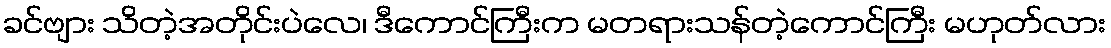
ခင်ဗျား သိတဲ့အတိုင်းပဲလေ၊ ဒီကောင်ကြီးက မတရားသန်တဲ့ကောင်ကြီး မဟုတ်လား